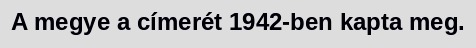
A megye a címerét 1942-ben kapta meg.